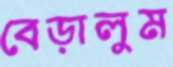
বেড়ালুম